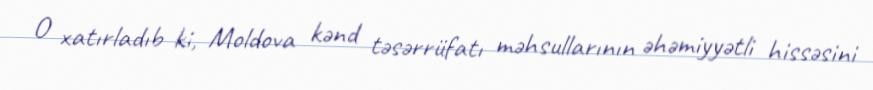
O xatırladıb ki, Moldova kənd təsərrüfatı məhsullarının əhəmiyyətli hissəsini